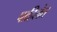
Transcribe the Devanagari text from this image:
पाहिलेत